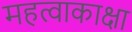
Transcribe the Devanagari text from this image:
महत्वाकाक्षा